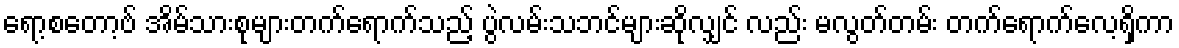
ရော့စတော့ဗ် အိမ်သားစုများတက်ရောက်သည့် ပွဲလမ်းသဘင်များဆိုလျှင် လည်း မလွတ်တမ်း တက်ရောက်လေ့ရှိကာ